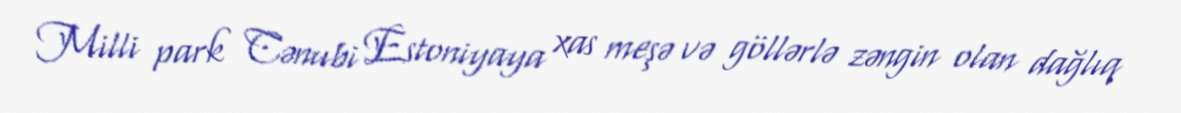
Milli park Cənubi Estoniyaya xas meşə və göllərlə zəngin olan dağlıq